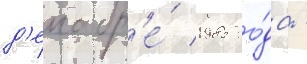
д'екабр'е́ 1985 го́да -